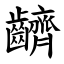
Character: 䶩